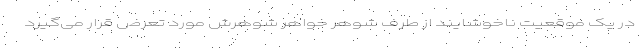
در یک موقعیت ناخوشایند از طرف شوهر خواهر شوهرش مورد تعرض قرار می‌گیرد